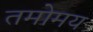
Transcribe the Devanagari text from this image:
तमोमय